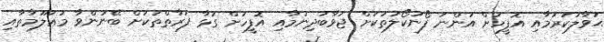
ޙަވާލުކުރުމާއި އޮފީހަށް އަންނަ ފޯނުކޯލުތަކަށް ޖަވާބުދިނުމާއި އޮފީހަށް ގުޅާ ފަރާތްތަކަށް ބޭނުންވާ މަޢުލޫމާތާއި